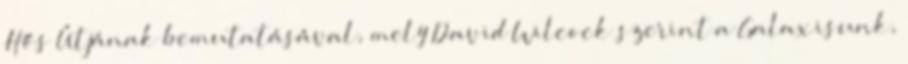
Hős Útjának bemutatásával, mely David Wilcock szerint a Galaxisunk,